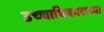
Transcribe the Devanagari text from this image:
उच्चाधिकाराच्या